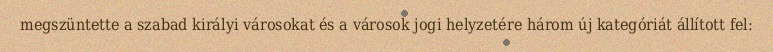
megszüntette a szabad királyi városokat és a városok jogi helyzetére három új kategóriát állított fel: